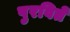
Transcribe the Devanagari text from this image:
पुरवितें